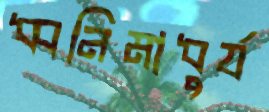
ধ্বনিমাধুর্য